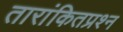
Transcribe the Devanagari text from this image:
तारांकितप्रश्न